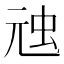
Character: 𮓸